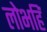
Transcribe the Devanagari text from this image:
लोभहिं